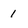
Character: 1